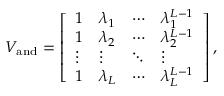
V _ { \mathrm { a n d } } = \left[ \begin{array} { l l l l } { 1 } & { \lambda _ { 1 } } & { \cdots } & { \lambda _ { 1 } ^ { L - 1 } } \\ { 1 } & { \lambda _ { 2 } } & { \cdots } & { \lambda _ { 2 } ^ { L - 1 } } \\ { \vdots } & { \vdots } & { \ddots } & { \vdots } \\ { 1 } & { \lambda _ { L } } & { \cdots } & { \lambda _ { L } ^ { L - 1 } } \end{array} \right] ,